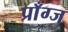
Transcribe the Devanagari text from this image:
प्राँग्ज